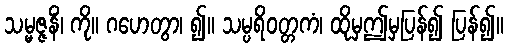
သမ္မဇ္ဇနိံ၊ ကို။ ဂဟေတွာ၊ ၍။ သမ္ပရိဝတ္တကံ၊ ထိုမှဤမှပြန်၍ ပြန်၍။